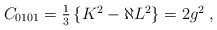
LaTeX: \begin{align*}C_{0101} = \textstyle{\frac{1}{3}}\left\{K^{2}-\aleph L^{2}\right\}= 2g^{2} \; ,\end{align*}